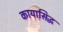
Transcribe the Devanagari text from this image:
कायासिद्ध